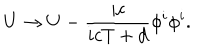
LaTeX: U \rightarrow U - { \frac { i c } { i c T + d } } { \phi ^ { i } \phi ^ { i } } .